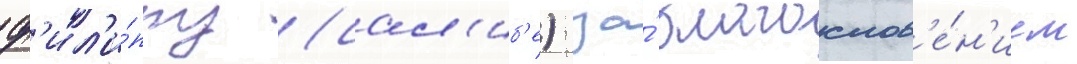
ф'ил'и́ппу (сал'иб'е) за́ благослов'е́н'ием